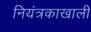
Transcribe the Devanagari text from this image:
नियंत्रकाखाली